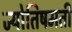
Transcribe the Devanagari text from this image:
ज्योतिषमती